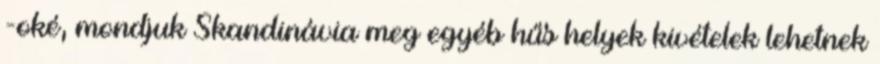
-oké, mondjuk Skandinávia meg egyéb hűs helyek kivételek lehetnek